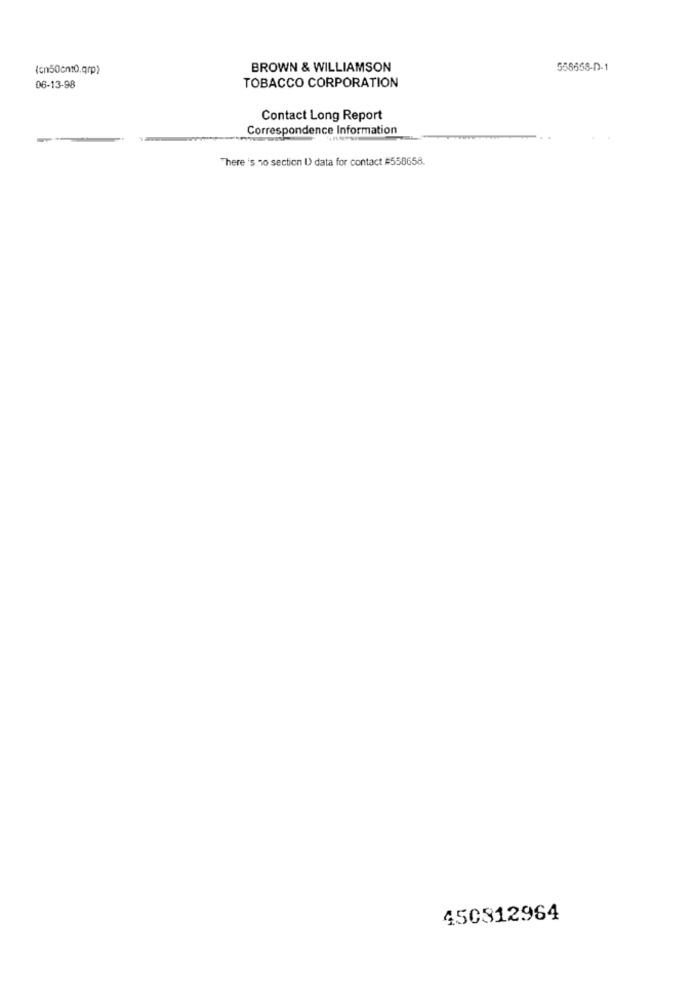
(cn50cnt0.qrp)
BROWN & WILLIAMSON
556658-D-1
06-13-98
TOBACCO CORPORATION
Contact Long Report
Correspondence Information
There 's no section I) data for contact #558658.
450812964